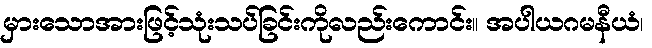
မှားသောအားဖြင့်သုံးသပ်ခြင်းကိုလည်းကောင်း။ အပါယဂမနီယံ၊